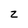
Character: z